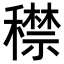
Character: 𥢻